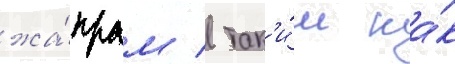
жа́нрам / так'и́м ка́к